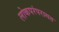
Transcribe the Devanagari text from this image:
लोकपरंपरागत